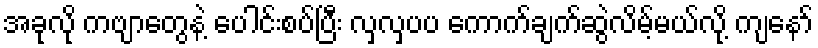
အခုလို ကဗျာတွေနဲ့ ပေါင်းစပ်ပြီး လှလှပပ ကောက်ချက်ဆွဲလိမ့်မယ်လို့ ကျနော်